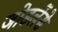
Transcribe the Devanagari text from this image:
जोडलेंसे